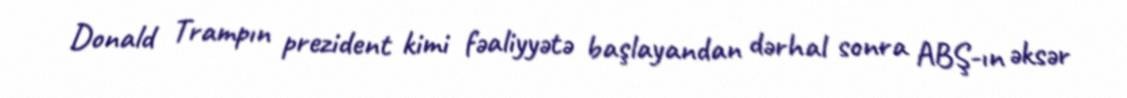
Donald Trampın prezident kimi fəaliyyətə başlayandan dərhal sonra ABŞ-ın əksər